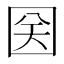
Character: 𱕼